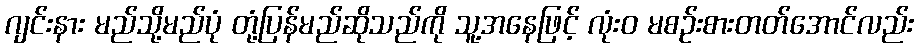
ဂျင်းနား မည်သို့မည်ပုံ တုံ့ပြန်မည်ဆိုသည်ကို သူ့အနေဖြင့် လုံးဝ မစဉ်းစားတတ်အောင်လည်း